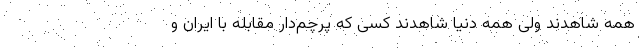
همه شاهدند ولی همه دنیا شاهدند کسی که پرچم‌دار مقابله با ایران و